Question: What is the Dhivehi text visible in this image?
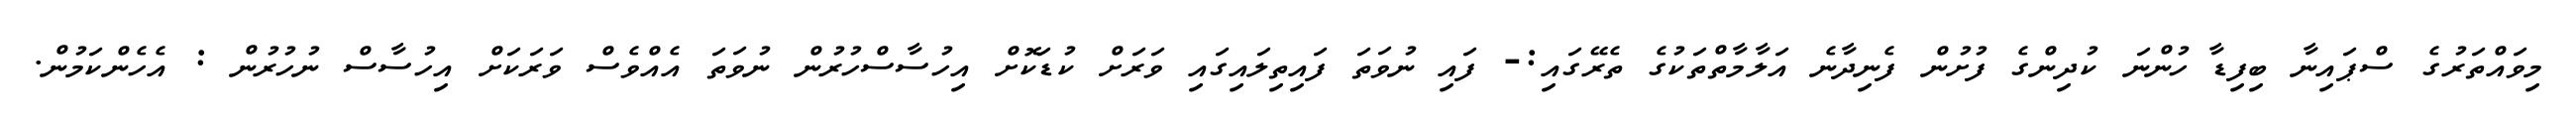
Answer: މިވައްތަރުގެ ސްޕައިނާ ބިފިޑާ ހުންނަ ކުދިންގެ ފުށުން ފެނިދާނެ އަލާމާތްތަކުގެ ތެރޭގައި:- ފައި ނުވަތަ ފައިތިލައިގައި ވަރަށް ކުޑަކޮށް އިހުސާސްހުރުން ނުވަތަ އެއްވެސް ވަރަކަށް އިހުސާސް ނުހުރުން : އެހެންކަމުން.